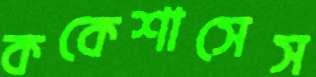
ককেশাসেস